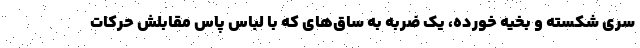
سری شکسته و بخیه خورده، یک ضربه به ساق‌های که با لباس پاس مقابلش حرکات